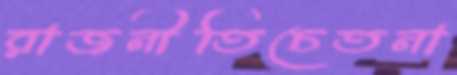
রাজনীতিচেতনা